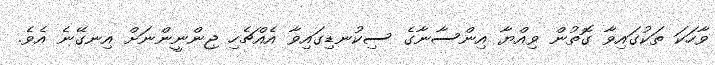
ވާހަކަ ތަކުގައިވާ ގޮތުން ވިއްޔާ އިންސާނާގެ ސިކުނޑިގައިވާ އެއްޗެހި ޖިންނީންނަށް އިނގޭނެ އެވެ.